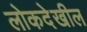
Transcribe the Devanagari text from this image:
लोकदेखील